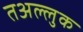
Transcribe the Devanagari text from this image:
तअल्लुक